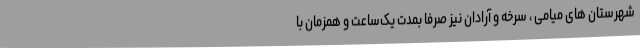
شهرستان های میامی ، سرخه و آرادان نیز صرفا بمدت یک‌ساعت و همزمان با